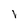
Character: I